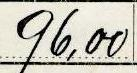
96,00